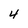
Character: 4